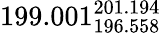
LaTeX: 199.001_{196.558}^{201.194}